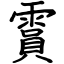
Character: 霣